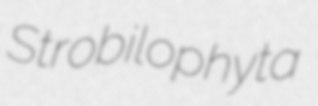
Strobilophyta